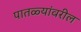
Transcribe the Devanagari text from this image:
पातळ्यांवरील